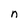
Character: n